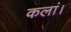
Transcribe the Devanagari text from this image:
कलां।